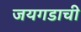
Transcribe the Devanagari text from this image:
जयगडाची